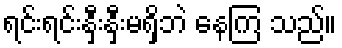
ရင်းရင်းနှီးနှီးမရှိဘဲ နေကြ သည်။